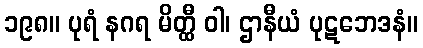
၁၉၈။ ပုရံ နဂရ မိတ္ထီ ဝါ၊ ဌာနီယံ ပုဋဘေဒနံ။